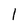
Character: 1